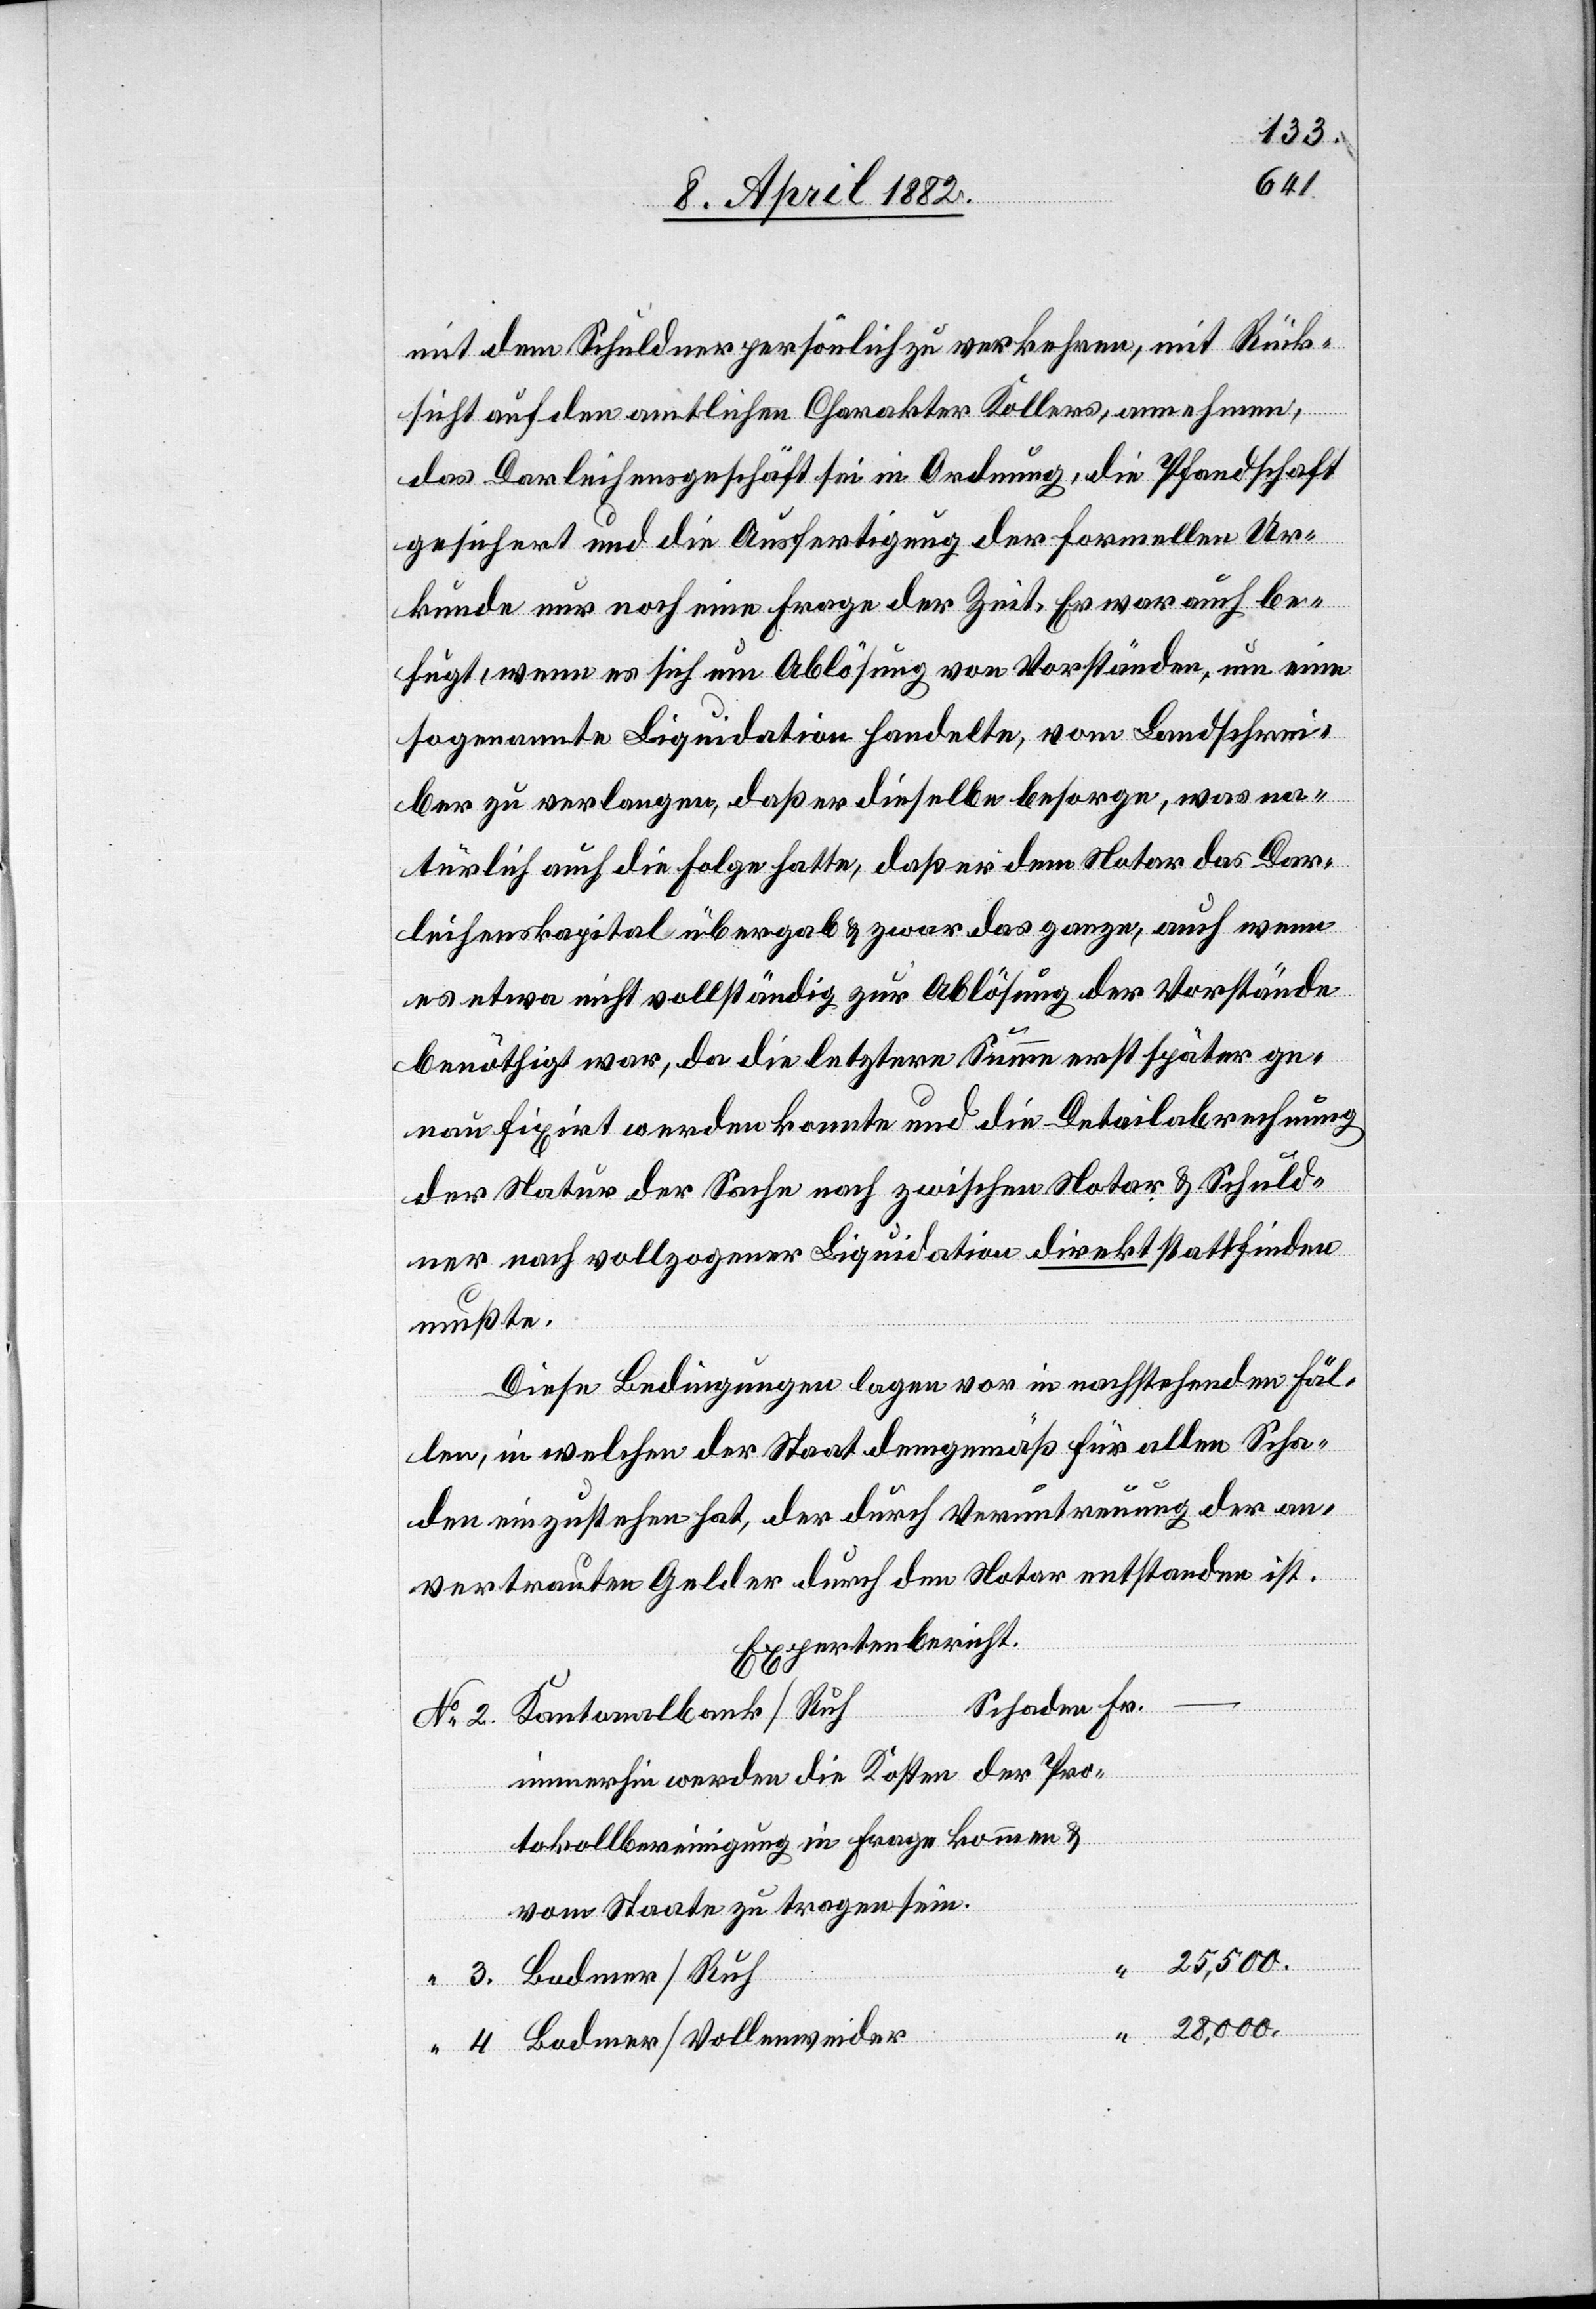
mit dem Schuldner persönlich zu verkehren, mit Rück¬
sicht auf den amtlichen Charakter Kollers, annehmen,
das Darleihensgeschäft sei in Ordnung, die Pfandschaft
gesichert und die Ausfertigung der formellen Ur¬
kunde nur noch eine Frage der Zeit. Er war auch be¬
fugt, wenn es sich um Ablösung von Vorständen, um eine
sogenannte Liquidation handelte, vom Landschrei¬
ber zu verlangen, daß er dieselbe besorge, was na¬
türlich auch die Folge hatte, daß er dem Notar das Dar¬
leihenskapital übergab & zwar das ganze, auch wenn
es etwa nicht vollständig zur Ablösung der Vorstände
benöthigt war, da die letztere Summe erst später ge¬
nau fixirt werden konnte und die Detailabrechnung
der Natur der Sache nach zwischen Notar & Schuld¬
ner nach vollzogener Liquidation direkt stattfinden
mußte.
Diese Bedingungen lagen vor in nachstehenden Fäl¬
len, in welchen der Staat demgemäß für allen Scha¬
den einzustehen hat, der durch Veruntreuung der an¬
Fr.
vertrauten Gelder durch den Notar entstanden ist.
Expertenbericht.
immerhin werden die Kosten der Pro¬
tokollbereinigung in Frage kommen &
vom Staate zu tragen sein.
25,500.
28,000.
Bodmer/Vollenweider